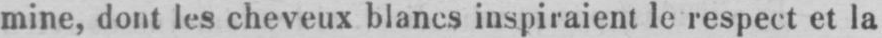
mine, dont les cheveux blancs inspiraient le respect et la